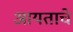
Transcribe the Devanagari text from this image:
आयताचे